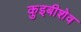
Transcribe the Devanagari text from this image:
कुइबीशेव